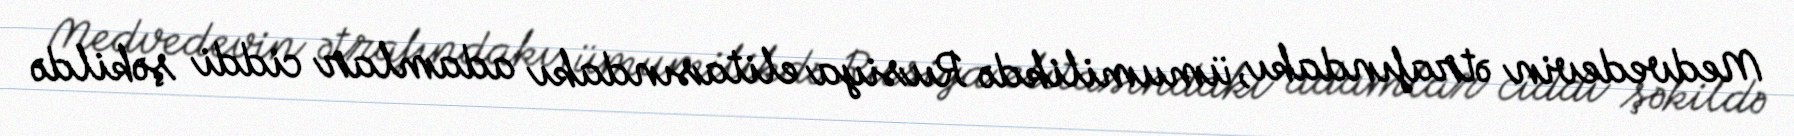
Medvedevin ətrafındakı, ümumilikdə Rusiya elitasındakı adamlar ciddi şəkildə